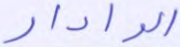
الرادار